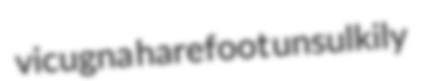
vicugna harefoot unsulkily